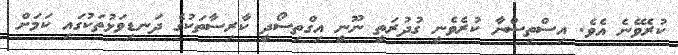
ކުރެވޭނެ އެވެ. އިސްތިސްނާ ކުރެވެނީ ގުދުރަތީ ނޫނީ އިގްތިސޯދީ ކާރިސާތަކުގެ ދަނޑިވަޅުތަކުގައި ކަމަށް